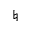
\natural